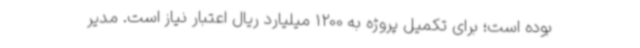
بوده است؛ برای تکمیل پروژه به 1200 میلیارد ریال اعتبار نیاز است. مدیر